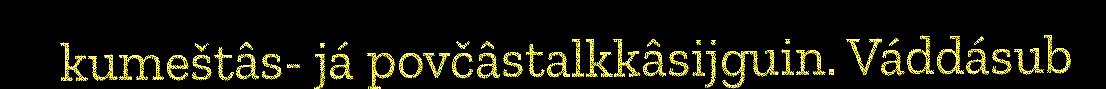
kumeštâs- já povčâstalkkâsijguin. Váddásub